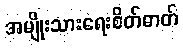
အမျိုးသားရေးစိတ်ဓာတ်